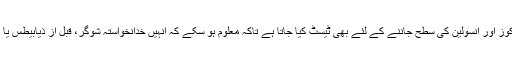
جن بچیوں کا وزن زیادہ ہو‘ ان میں بلڈگلوکوز اور انسولین کی سطح جاننے کے لئے بھی ٹیسٹ کیا جاتا ہے تاکہ معلوم ہو سکے کہ انہیں خدانخواستہ شوگر، قبل از ذیابیطس یا انسولین کی مزاحمت کا مسئلہ تو نہیں ہے۔